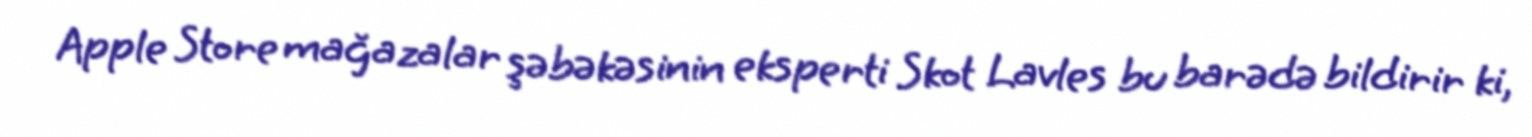
Apple Store mağazalar şəbəkəsinin eksperti Skot Lavles bu barədə bildirir ki,